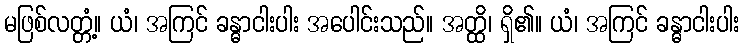
မဖြစ်လတ္တံ့။ ယံ၊ အကြင် ခန္ဓာငါးပါး အပေါင်းသည်။ အတ္ထိ၊ ရှိ၏။ ယံ၊ အကြင် ခန္ဓာငါးပါး